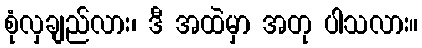
စုံလှချည်လား၊ ဒီ အထဲမှာ အတု ပါသလား။